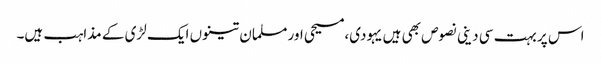
اس پر بہت سی دینی نصوص بھی ہیں یہودی،مسیحی اور مسلمان تینوں ایک لڑی کے مذاہب ہیں۔